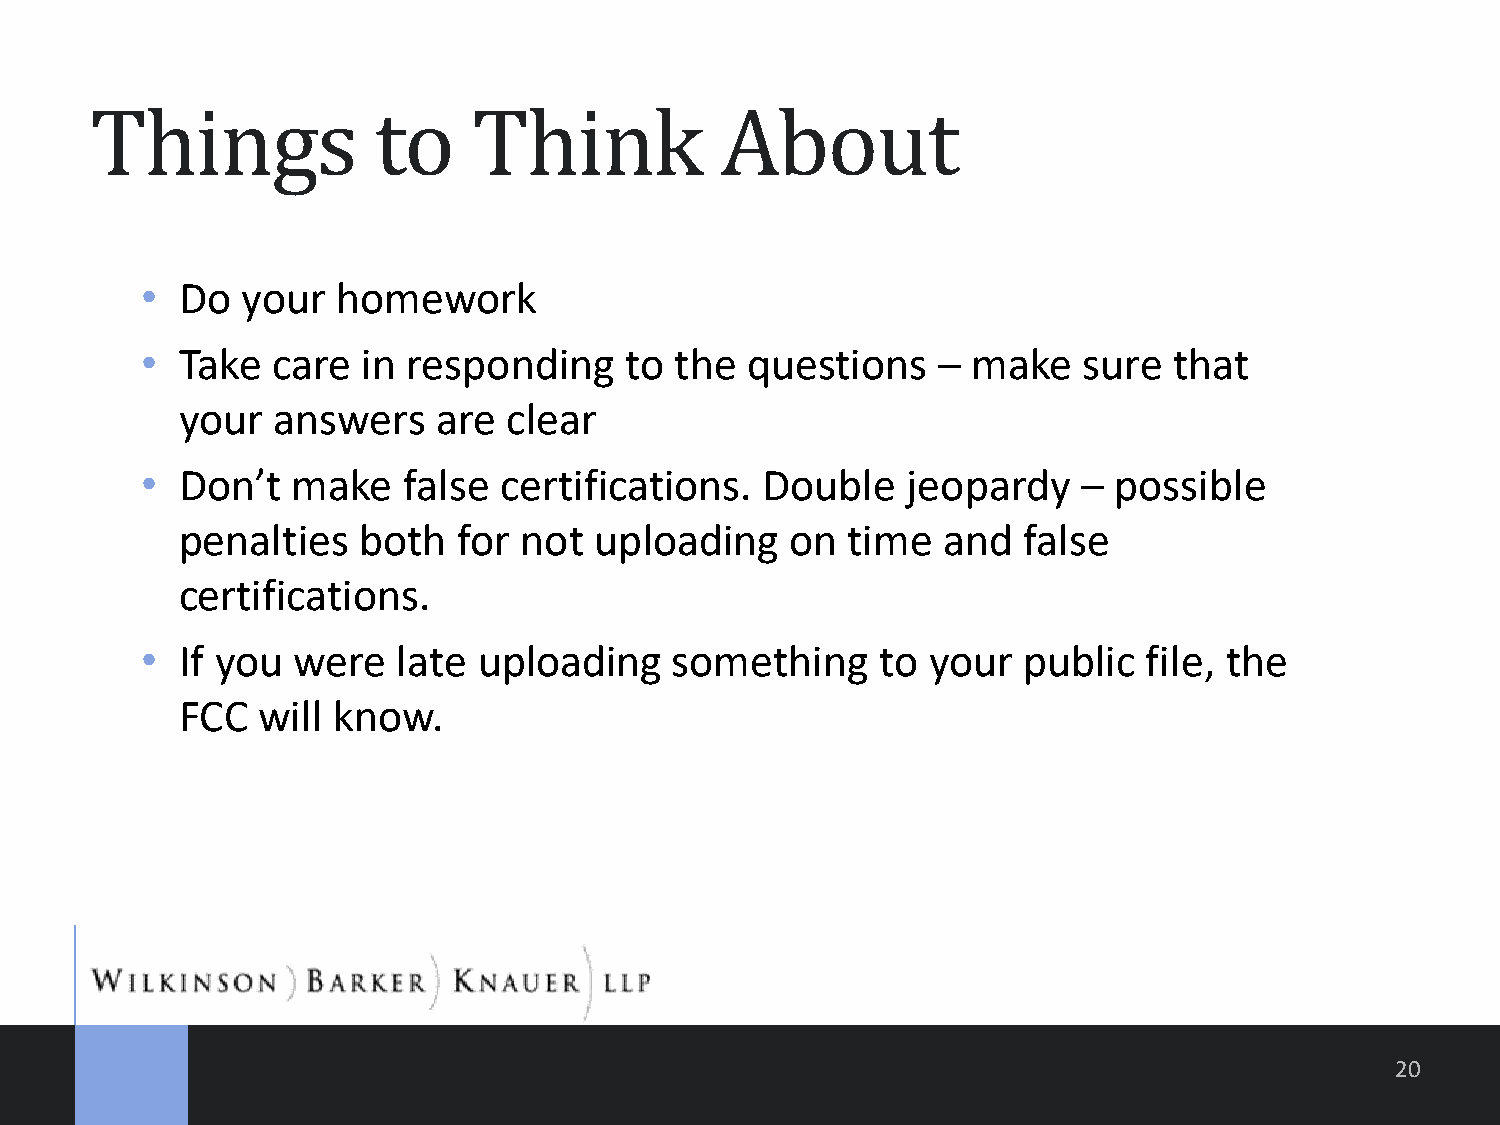
Things             to    Think            About
 •  Do  your  homework
 •  Take  care  in responding    to  the questions    – make    sure  that
 your  answers    are  clear
 •  Don’t  make    false certifications.  Double    jeopardy    – possible
 penalties   both  for not  uploading    on  time  and   false
 certifications.
 •  If you were   late  uploading    something    to  your  public  file, the
 FCC  will know.
 20